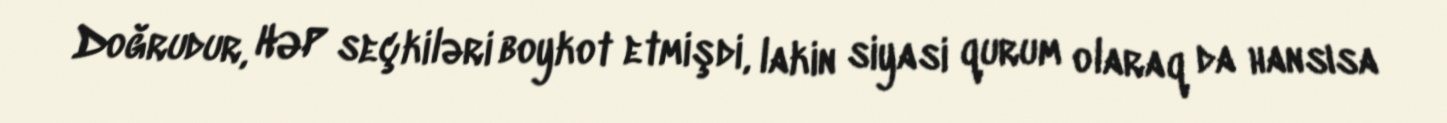
Doğrudur, HƏP seçkiləri boykot etmişdi, lakin siyasi qurum olaraq da hansısa